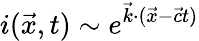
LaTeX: i(\vec{x},t)\sim e^{\vec{k}\cdot(\vec{x}-\vec{c}t)}